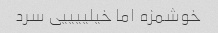
خوشمزه اما خیلییییی سرد